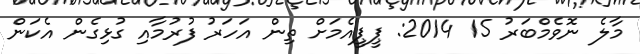
މާލެ ނޮވެމްބަރު 15 2014: ޕީޕީއެމަށް ތިން އަހަރު ފުރުމާއި ގުޅިގެން އެކަން